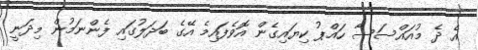
އެ ދެ މުއައްސަސާ ހައްޕު ކިޔައިގެން އޮވެފައިމެ އޭގެ ބަދަލުގައި ފެންނަމުން މިދަނީ